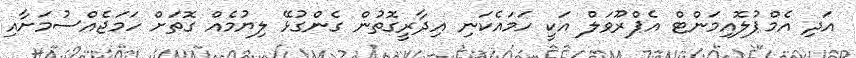
އަދި އެމްޕުލޮއިމަންޓް އެޕްރޫވަލް އަކީ ހަމައެކަނި އިދާރީގޮތުން ގެންގުޅޭ ލިޔުމެއް ގޮތަށް ހަމަޖެއްސުމަށާއި